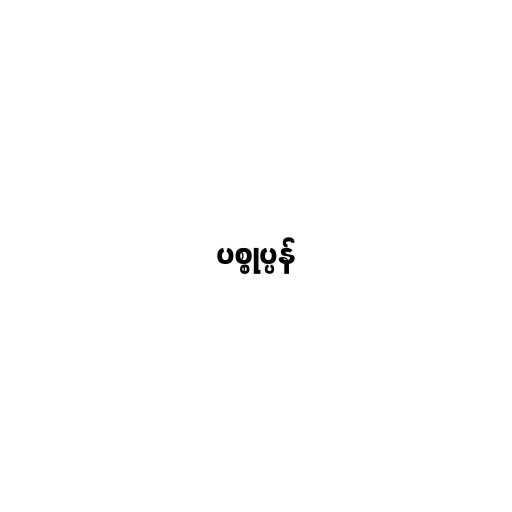
ပစ္စုပ္ပန်